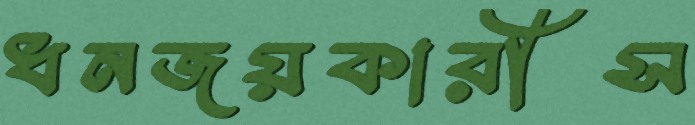
ধনজয়কারীস